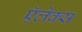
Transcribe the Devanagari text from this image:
ऍलेक्स